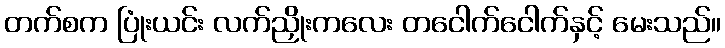
တက်စက ပြုံးယင်း လက်ညှိုးကလေး တငေါက်ငေါက်နှင့် မေးသည်။